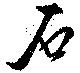
石